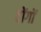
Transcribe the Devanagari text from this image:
टोंगों